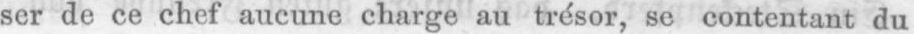
ser de ce chef aucune charge au trésor, se contentant du